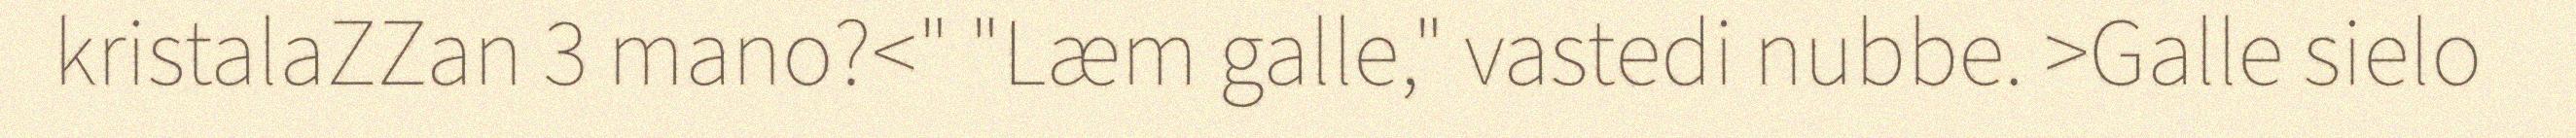
kristalaZZan 3 mano?<" "Læm galle," vastedi nubbe. >Galle sielo